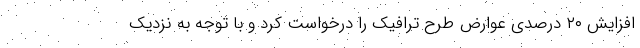
افزایش ۲۰ درصدی عوارض طرح ترافیک را درخواست کرد و با توجه به نزدیک